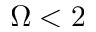
\Omega < 2